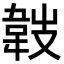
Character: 𩎢